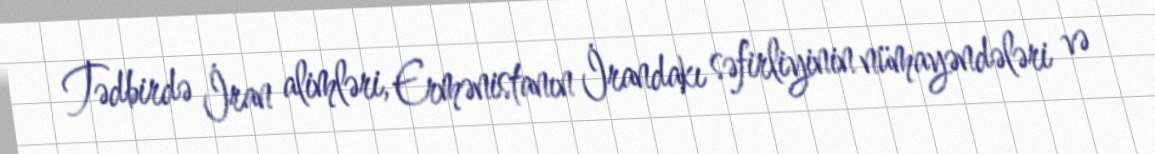
Tədbirdə İran alimləri, Ermənistanın İrandakı səfirliyinin nümayəndələri və